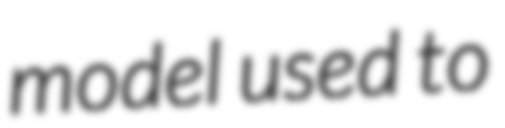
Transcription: model used to